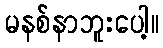
မနစ်နာဘူးပေါ့။